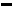
Text: -